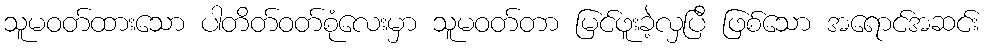
သူမဝတ်ထားသော ပါတိတ်ဝတ်စုံလေးမှာ သူမဝတ်တာ မြင်ဖူးခဲ့လှပြီ ဖြစ်သော အရောင်အဆင်း